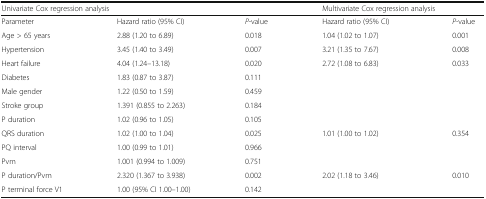
| <COLSPAN=2> Univariate Cox regression analysis |  | <COLSPAN=2> Multivariate Cox regression analysis |
 | --- | --- | --- | --- | --- |
 | Parameter | Hazard ratio (95% CI) | P-value | Hazard ratio (95% CI) | P-value |
 | Age > 65 years | 2.88 (1.20 to 6.89) | 0.018 | 1.04 (1.02 to 1.07) | 0.001 |
 | Hypertension | 3.45 (1.40 to 3.49) | 0.007 | 3.21 (1.35 to 7.67) | 0.008 |
 | Heart failure | 4.04 (1.24–13.18) | 0.020 | 2.72 (1.08 to 6.83) | 0.033 |
 | Diabetes | 1.83 (0.87 to 3.87) | 0.111 |  |  |
 | Male gender | 1.22 (0.50 to 1.59) | 0.459 |  |  |
 | Stroke group | 1.391 (0.855 to 2.263) | 0.184 |  |  |
 | P duration | 1.02 (0.96 to 1.05) | 0.105 |  |  |
 | QRS duration | 1.02 (1.00 to 1.04) | 0.025 | 1.01 (1.00 to 1.02) | 0.354 |
 | PQ interval | 1.00 (0.99 to 1.01) | 0.966 |  |  |
 | Pvm | 1.001 (0.994 to 1.009) | 0.751 |  |  |
 | P duration/Pvm | 2.320 (1.367 to 3.938) | 0.002 | 2.02 (1.18 to 3.46) | 0.010 |
 | P terminal force V1 | 1.00 (95% CI 1.00–1.00) | 0.142 |  |  |